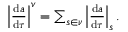
\begin{array} { r } { \left| \frac { \mathrm { d } a } { \mathrm { d } \tau } \right| ^ { v } = \sum _ { s \in \nu } \left| \frac { \mathrm { d } a } { \mathrm { d } \tau } \right| _ { s } . } \end{array}